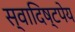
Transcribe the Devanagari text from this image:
स्वादिष्टपेय